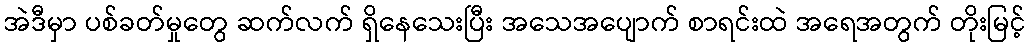
အဲဒီမှာ ပစ်ခတ်မှုတွေ ဆက်လက် ရှိနေသေးပြီး အသေအပျောက် စာရင်းထဲ အရေအတွက် တိုးမြင့်